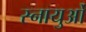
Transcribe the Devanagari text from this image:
स्‍नायुओं